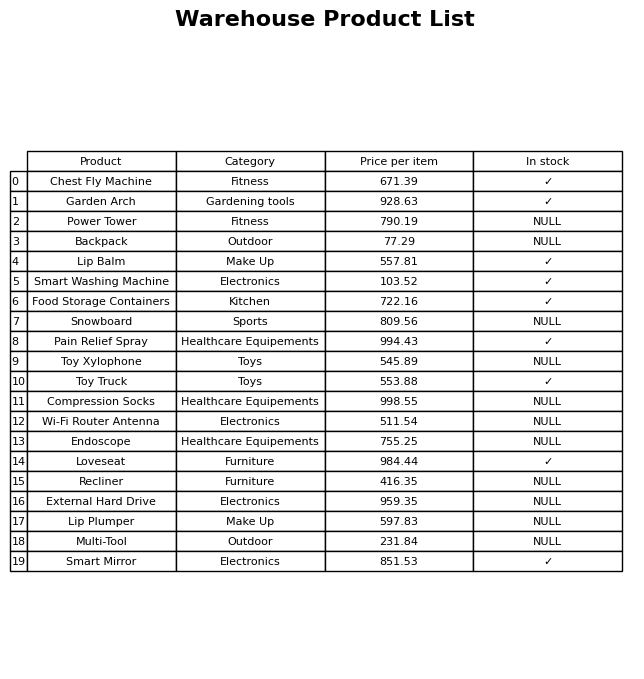
question: What is the price of the Loveseat?
answer: The price of Loveseat is 984.44.